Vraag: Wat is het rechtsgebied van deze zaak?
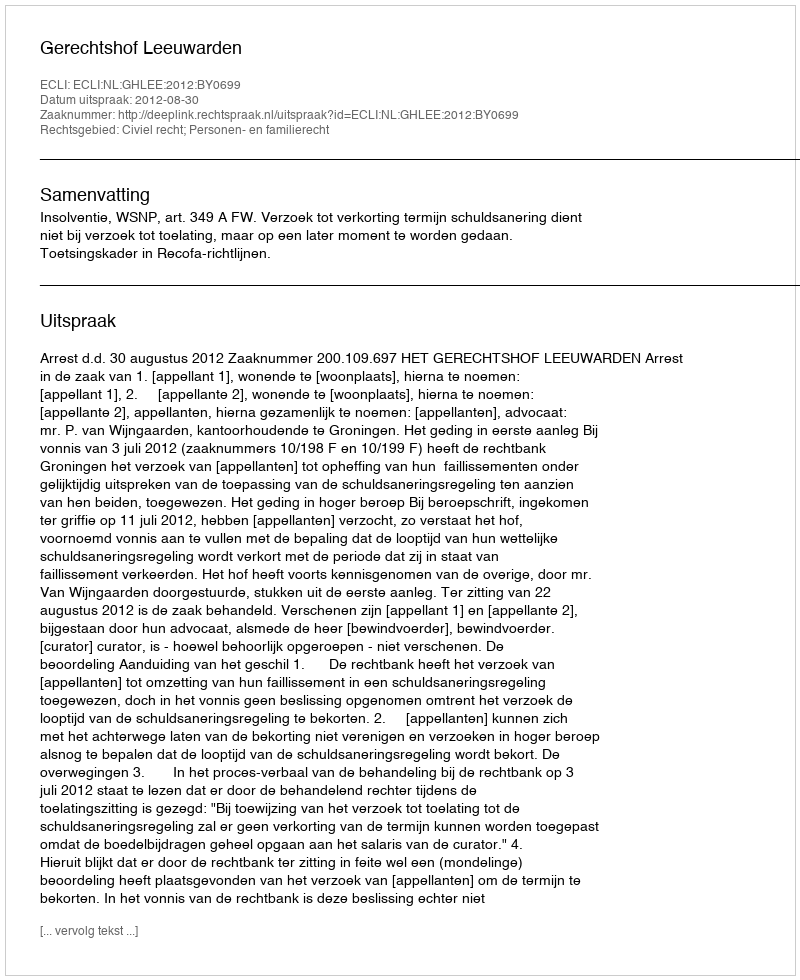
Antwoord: Civiel recht; Personen- en familierecht